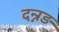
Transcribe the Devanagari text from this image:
दन्नड़